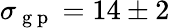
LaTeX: \sigma_{\mathrm{~g~p~}}=14\pm 2